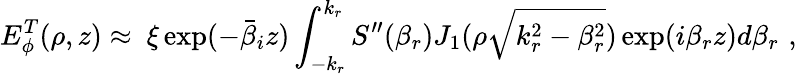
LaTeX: E_{\phi}^{T}(\rho,z)\approx\ \xi\exp(-\bar{\beta}_{i}z)\int_{-k_{r}}^{k_{r}}S^{\prime\prime}(\beta_{r})J_{1}(\rho\sqrt{k_{r}^{2}-\beta_{r}^{2}})\exp(i\beta_{r}z)d\beta_{r}\, \, ,